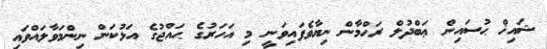
ޝައިޚް ޙުސައިން ޢަބްދުލް ރަޙްމާން ނިޔާވެފައިވަނީ މި އަހަރުގެ ޙައްޖުގެ އަޅުކަން ނިންމަވާލައްވައި